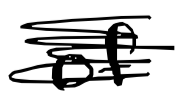
Text: of
Cross-out: scratch
Writing tool: digital_black